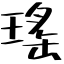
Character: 瑤